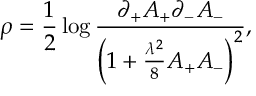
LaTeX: \rho = { \frac { 1 } { 2 } } \log { \frac { \partial _ { + } A _ { + } \partial _ { - } A _ { - } } { \left( 1 + { \frac { \lambda ^ { 2 } } { 8 } } A _ { + } A _ { - } \right) ^ { 2 } } } ,